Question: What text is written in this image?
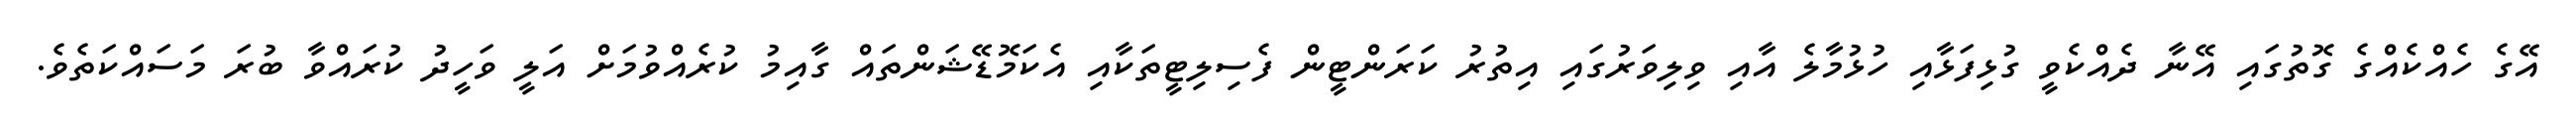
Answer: އޭގެ ހެއްކެއްގެ ގޮތުގައި އޭނާ ދެއްކެވީ ގުޅިފަޅާއި ހުޅުމާލެ އާއި ވިލިވަރުގައި އިތުރު ކަރަންޓީން ފެސިލިޓީތަކާއި އެކަމޮޑޭޝަންތައް ގާއިމު ކުރެއްވުމަށް އަލީ ވަހީދު ކުރައްވާ ބުރަ މަސައްކަތެވެ.